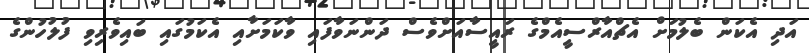
އަދި އެކަން ބެލުމަށް އެޗްއާރްސީއެމްގެ ރައީސާއަށްވެސް ދަންނަވާފައި ވާކަމަށާއި އެކަމުގައި ބައިވެރިވި ފުލުހުންގެ